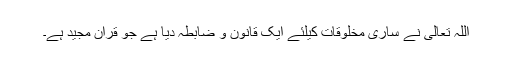
اللہ تعالی نے ساری مخلوقات کیلئے ایک قانون و ضابطہ دیا ہے جو قرآن مجید ہے۔